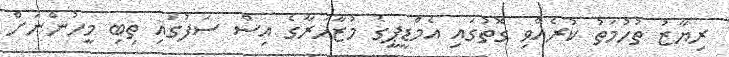
ރިޔާޒު ތުހުމަތު ކުރެއްވި ގޮތުގައި އެމްޑީޕީގެ މުޒާހަރާގެ އިސް ސަފުގައި ތިބި މީހުންނަށް